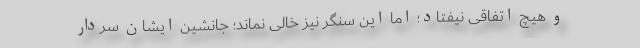
و هیچ اتفاقی نیفتاد؛ اما این سنگر نیز خالی نماند؛ جانشین ایشان سردار